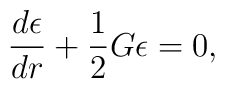
\frac{d\epsilon}{dr}+\frac{1}{2}G\epsilon=0,